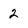
Character: 2